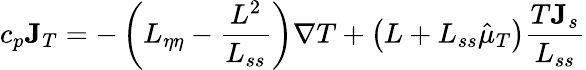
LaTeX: c_{p}{\mathbf J}_{T}=-\left(L_{\eta\eta}-\frac{L^{2}}{L_{ss}}\right)\nabla T+\left(L+L_{ss}\hat{\mu}_{T}\right)\frac{T{\mathbf J}_{s}}{L_{ss}}